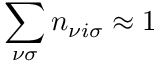
\sum _ { \nu \sigma } n _ { \nu i \sigma } \approx 1